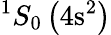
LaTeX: ^1S_{0}\left(4\mathrm{s}^{2}\right)